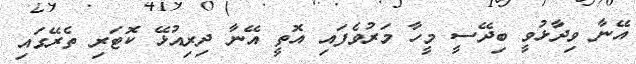
އޭނާ ވިދާޅުވީ ބިދޭސީ މީހާ މަރުވެފައި އޮތީ އޭނާ ދިިރިއުޅޭ ކޮޓަރި ތެރޭގައި